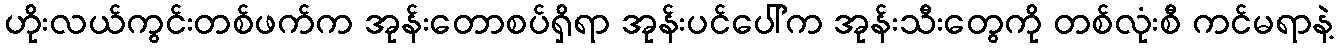
ဟိုးလယ်ကွင်းတစ်ဖက်က အုန်းတောစပ်ရှိရာ အုန်းပင်ပေါ်က အုန်းသီးတွေကို တစ်လုံးစီ ကင်မရာနဲ့